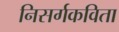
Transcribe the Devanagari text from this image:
निसर्गकविता